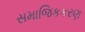
સમાજિકકરણ